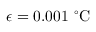
\epsilon = 0 . 0 0 1 \ { } ^ { \circ } \mathrm { C }